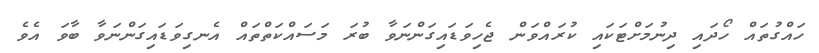
ހައްގުތައް ހޯދައި ދިނުމަށްޓަކައި ކުރައްވަން ޖެހިވަޑައިގަންނަވާ ބުރަ މަސައްކަތްތައް އެނގިވަޑައިގަންނަވާ ބާވަ އެވެ